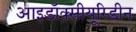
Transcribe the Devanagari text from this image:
आइडॉक्सीयूरिडीन